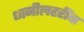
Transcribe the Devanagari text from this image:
ध्वनीलहरींचा